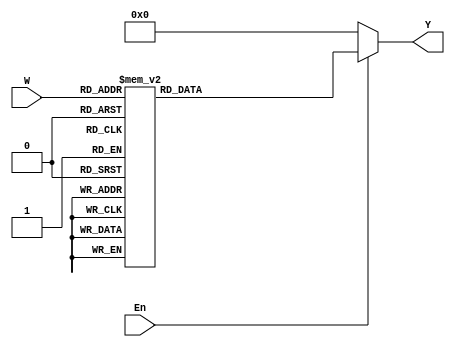
module dec3to8 (W, En, Y);
	input [2:0] W;
	input En;
	output [0:7] Y;
	reg [0:7] Y;
	
	always @ (W or En)
	begin
		if (En)
			case (W)
				3'b000	: Y = 8'b1000_0000;
				3'b001 	: Y = 8'b0100_0000;
				3'b010 	: Y = 8'b0010_0000;
				3'b011 	: Y = 8'b0001_0000;
				3'b100  : Y = 8'b0000_1000;
				3'b101  : Y = 8'b0000_0100;
				3'b110  : Y = 8'b0000_0010;
				3'b111  : Y = 8'b0000_0001;
			endcase
		else
			Y = 8'b0000_0000;
	end 
		
endmodule